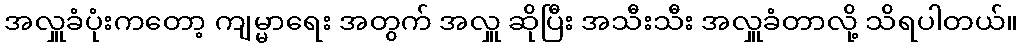
အလှူခံပုံးကတော့ ကျမ္မာရေး အတွက် အလှူ ဆိုပြီး အသီးသီး အလှူခံတာလို့ သိရပါတယ်။